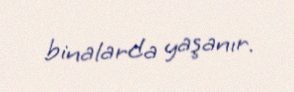
binalarda yaşanır.